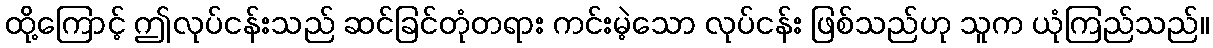
ထို့ကြောင့် ဤလုပ်ငန်းသည် ဆင်ခြင်တုံတရား ကင်းမဲ့သော လုပ်ငန်း ဖြစ်သည်ဟု သူက ယုံကြည်သည်။